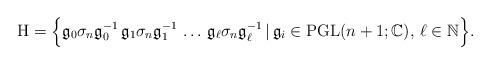
LaTeX: \begin{align*}\mathrm{H}=\Big\{\mathfrak{g}_0\sigma_n\mathfrak{g}_0^{-1}\,\mathfrak{g}_1\sigma_n\mathfrak{g}_1^{-1}\,\ldots\,\mathfrak{g}_\ell\sigma_n\mathfrak{g}_\ell^{-1}\,\vert\,\mathfrak{g}_i\in\mathrm{PGL}(n+1;\mathbb{C}),\,\ell\in\mathbb{N}\Big\}.\end{align*}